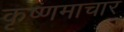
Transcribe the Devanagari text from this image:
कृष्णमाचार